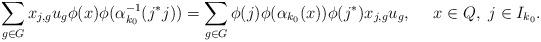
LaTeX: \begin{align*}\sum_{g\in G} x_{j,g}u_g\phi(x)\phi(\alpha_{k_0}^{-1}(j^*j))=\sum_{g\in G}\phi(j)\phi(\alpha_{k_0}(x))\phi(j^*)x_{j,g}u_g, \ \ \ \ x\in Q,\ j\in I_{k_0}.\end{align*}